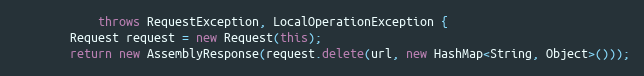
Language: Java
            throws RequestException, LocalOperationException {
        Request request = new Request(this);
        return new AssemblyResponse(request.delete(url, new HashMap<String, Object>()));